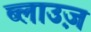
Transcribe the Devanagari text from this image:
ब्लाउज़